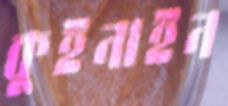
কুইনাইন